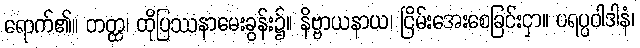
ရောက်၏။ တတ္ထ၊ ထိုပြဿနာမေးခွန်း၌။ နိဗ္ဗာယနာယ၊ ငြိမ်းအေးစေခြင်းငှာ။ ပရပ္ပဝါဒါနံ၊